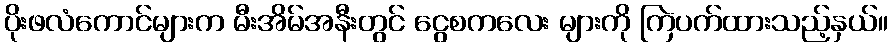
ပိုးဖလံကောင်များက မီးအိမ်အနီးတွင် ငွေစကလေး များကို ကြဲပက်ထားသည့်နှယ်။